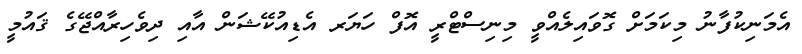
އެމަނިކުފާނު މިކަމަށް ގޮވައިލެއްވީ މިނިސްޓްރީ އޮފް ހަޔަރ އެޑިއުކޭޝަން އާއި ދިވެހިރާއްޖޭގެ ޤައުމީ